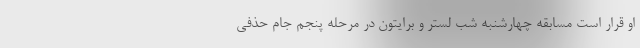
او قرار است مسابقه چهارشنبه شب لستر و برایتون در مرحله پنجم جام حذفی